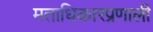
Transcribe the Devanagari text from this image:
मताधिकारप्रणाली